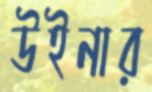
উইনার